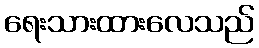
ရေးသားထားလေသည်